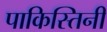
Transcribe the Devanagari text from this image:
पाकिस्तिनी